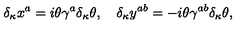
\delta _ { \kappa } x ^ { a } = i \theta \gamma ^ { a } \delta _ { \kappa } \theta , \quad \delta _ { \kappa } y ^ { a b } = - i \theta \gamma ^ { a b } \delta _ { \kappa } \theta ,